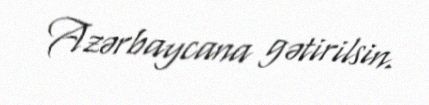
Azərbaycana gətirilsin.